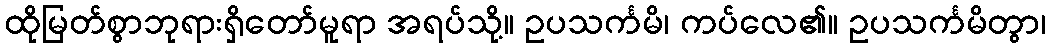
ထိုမြတ်စွာဘုရားရှိတော်မူရာ အရပ်သို့။ ဥပသင်္ကမိ၊ ကပ်လေ၏။ ဥပသင်္ကမိတွာ၊